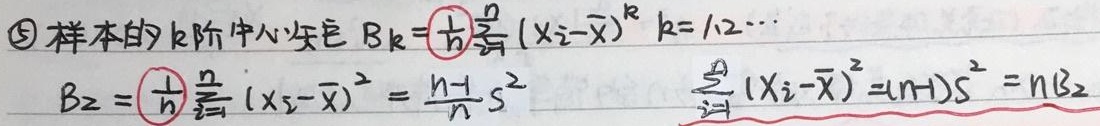
\textcircled{5} 样本的 \(k\) 阶中心矩
\(B_{k}=\frac{1}{n}\sum_{i = 1}^{n}(X_{i}-\overline{X})^{k}\), \(k = 1,2,\cdots\)
\(B_{2}=\frac{1}{n}\sum_{i = 1}^{n}(X_{i}-\overline{X})^{2}=\frac{n - 1}{n}S^{2}\)
\(\sum_{i = 1}^{n}(X_{i}-\overline{X})^{2}=(n - 1)S^{2}=nB_{2}\)